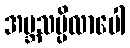
အဗ္ဘသမ္ပိလာပေါ